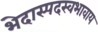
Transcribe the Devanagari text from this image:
भेदास्पदस्वभावाय